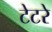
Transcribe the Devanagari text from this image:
टेटरे